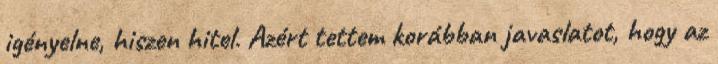
igényelne, hiszen hitel. Azért tettem korábban javaslatot, hogy az